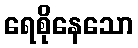
ရေစိုနေသော